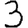
Digit: 3